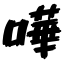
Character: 嘩